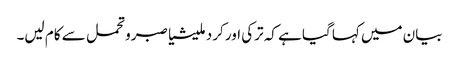
بیان میں کہا گیا ہے کہ ترکی اور کرد ملیشیا صبرو تحمل سے کام لیں۔